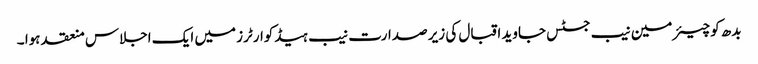
بدھ کو چیئرمین نیب جسٹس جاوید اقبال کی زیر صدارت نیب ہیڈکوارٹرز میں ایک اجلاس منعقد ہوا ۔